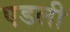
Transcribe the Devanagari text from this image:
एडली